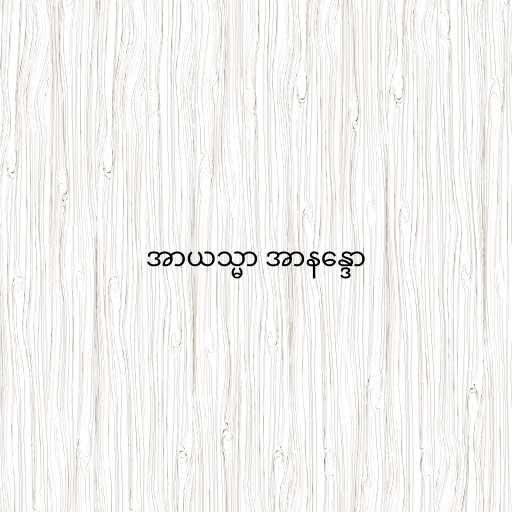
အာယသ္မာ အာနန္ဒော